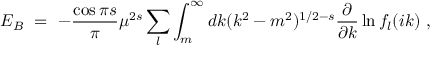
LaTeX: E _ { B } \ = \ - \frac { \cos \pi s } { \pi } \mu ^ { 2 s } \sum _ { l } \int _ { m } ^ { \infty } d k ( k ^ { 2 } - m ^ { 2 } ) ^ { 1 / 2 - s } \frac { \partial } { \partial k } \ln f _ { l } ( i k ) \ ,